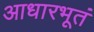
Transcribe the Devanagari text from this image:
आधारभूतं